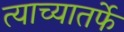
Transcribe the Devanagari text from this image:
त्याच्यातर्फे